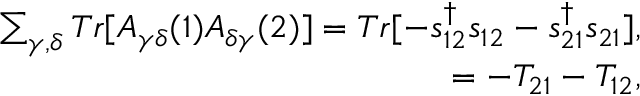
\begin{array} { r } { { \sum _ { \gamma , \delta } T r [ A _ { \gamma \delta } ( 1 ) A _ { \delta \gamma } ( 2 ) ] = T r [ - s _ { 1 2 } ^ { \dagger } s _ { 1 2 } - s _ { 2 1 } ^ { \dagger } s _ { 2 1 } ] } , } \\ { = - T _ { 2 1 } - T _ { 1 2 } , } \end{array}